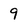
Character: 9